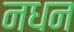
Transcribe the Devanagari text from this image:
नधन